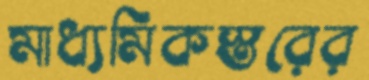
মাধ্যমিকস্তরের